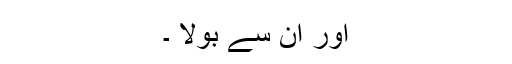
اور ان سے بولا ۔